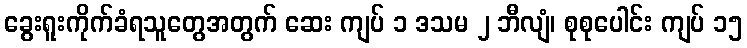
ခွေးရူးကိုက်ခံရသူတွေအတွက် ဆေး ကျပ် ၁ ဒသမ ၂ ဘီလျံ၊ စုစုပေါင်း ကျပ် ၁၅